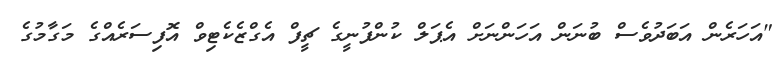
"އަހަރެން އަބަދުވެސް ބުނަން އަހަންނަށް އެޕަލް ކުންފުނީގެ ޗީފް އެގްޒެކެޓިވް އޮފިސަރެއްގެ މަގާމުގެ